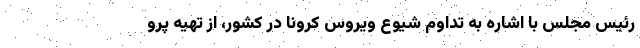
رئیس مجلس با اشاره به تداوم شیوع ویروس کرونا در کشور، از تهیه پرو